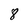
Character: 8